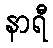
နာရီ